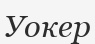
Уокер